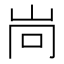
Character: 𡶝